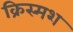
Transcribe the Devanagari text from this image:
क्रिस्मश